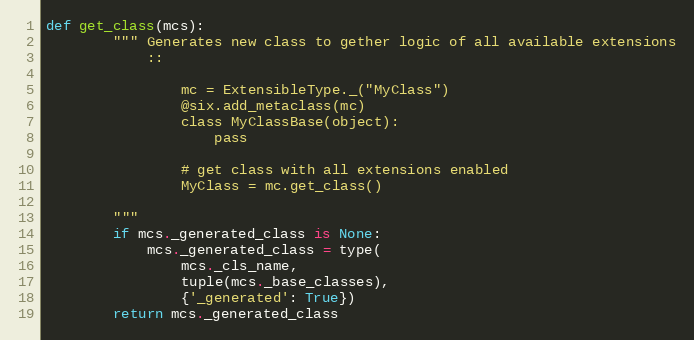
Language: Python
def get_class(mcs):
        """ Generates new class to gether logic of all available extensions
            ::

                mc = ExtensibleType._("MyClass")
                @six.add_metaclass(mc)
                class MyClassBase(object):
                    pass

                # get class with all extensions enabled
                MyClass = mc.get_class()

        """
        if mcs._generated_class is None:
            mcs._generated_class = type(
                mcs._cls_name,
                tuple(mcs._base_classes),
                {'_generated': True})
        return mcs._generated_class